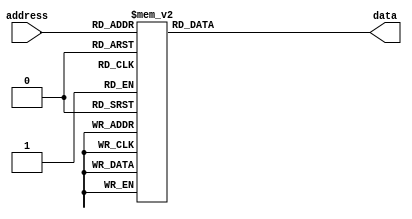
module sin_table(
	input [8:0]address,
	output reg[13:0]data
   );
always @(*)
begin
    case(address)
        9'd0: data <= 14'd8191;
        9'd1: data <= 14'd8292;
        9'd2: data <= 14'd8392;
        9'd3: data <= 14'd8492;
        9'd4: data <= 14'd8593;
        9'd5: data <= 14'd8693;
        9'd6: data <= 14'd8794;
        9'd7: data <= 14'd8894;
        9'd8: data <= 14'd8994;
        9'd9: data <= 14'd9094;
        9'd10: data <= 14'd9194;
        9'd11: data <= 14'd9293;
        9'd12: data <= 14'd9393;
        9'd13: data <= 14'd9492;
        9'd14: data <= 14'd9591;
        9'd15: data <= 14'd9690;
        9'd16: data <= 14'd9789;
        9'd17: data <= 14'd9887;
        9'd18: data <= 14'd9986;
        9'd19: data <= 14'd10084;
        9'd20: data <= 14'd10181;
        9'd21: data <= 14'd10279;
        9'd22: data <= 14'd10376;
        9'd23: data <= 14'd10472;
        9'd24: data <= 14'd10569;
        9'd25: data <= 14'd10665;
        9'd26: data <= 14'd10760;
        9'd27: data <= 14'd10856;
        9'd28: data <= 14'd10950;
        9'd29: data <= 14'd11045;
        9'd30: data <= 14'd11139;
        9'd31: data <= 14'd11232;
        9'd32: data <= 14'd11326;
        9'd33: data <= 14'd11418;
        9'd34: data <= 14'd11510;
        9'd35: data <= 14'd11602;
        9'd36: data <= 14'd11693;
        9'd37: data <= 14'd11784;
        9'd38: data <= 14'd11874;
        9'd39: data <= 14'd11963;
        9'd40: data <= 14'd12052;
        9'd41: data <= 14'd12141;
        9'd42: data <= 14'd12228;
        9'd43: data <= 14'd12315;
        9'd44: data <= 14'd12402;
        9'd45: data <= 14'd12488;
        9'd46: data <= 14'd12573;
        9'd47: data <= 14'd12658;
        9'd48: data <= 14'd12742;
        9'd49: data <= 14'd12825;
        9'd50: data <= 14'd12907;
        9'd51: data <= 14'd12989;
        9'd52: data <= 14'd13070;
        9'd53: data <= 14'd13151;
        9'd54: data <= 14'd13230;
        9'd55: data <= 14'd13309;
        9'd56: data <= 14'd13387;
        9'd57: data <= 14'd13465;
        9'd58: data <= 14'd13541;
        9'd59: data <= 14'd13617;
        9'd60: data <= 14'd13692;
        9'd61: data <= 14'd13766;
        9'd62: data <= 14'd13839;
        9'd63: data <= 14'd13911;
        9'd64: data <= 14'd13983;
        9'd65: data <= 14'd14054;
        9'd66: data <= 14'd14123;
        9'd67: data <= 14'd14192;
        9'd68: data <= 14'd14260;
        9'd69: data <= 14'd14327;
        9'd70: data <= 14'd14393;
        9'd71: data <= 14'd14458;
        9'd72: data <= 14'd14523;
        9'd73: data <= 14'd14586;
        9'd74: data <= 14'd14648;
        9'd75: data <= 14'd14710;
        9'd76: data <= 14'd14770;
        9'd77: data <= 14'd14829;
        9'd78: data <= 14'd14888;
        9'd79: data <= 14'd14945;
        9'd80: data <= 14'd15002;
        9'd81: data <= 14'd15057;
        9'd82: data <= 14'd15111;
        9'd83: data <= 14'd15164;
        9'd84: data <= 14'd15217;
        9'd85: data <= 14'd15268;
        9'd86: data <= 14'd15318;
        9'd87: data <= 14'd15367;
        9'd88: data <= 14'd15415;
        9'd89: data <= 14'd15462;
        9'd90: data <= 14'd15507;
        9'd91: data <= 14'd15552;
        9'd92: data <= 14'd15596;
        9'd93: data <= 14'd15638;
        9'd94: data <= 14'd15679;
        9'd95: data <= 14'd15719;
        9'd96: data <= 14'd15758;
        9'd97: data <= 14'd15796;
        9'd98: data <= 14'd15833;
        9'd99: data <= 14'd15869;
        9'd100: data <= 14'd15903;
        9'd101: data <= 14'd15936;
        9'd102: data <= 14'd15969;
        9'd103: data <= 14'd16000;
        9'd104: data <= 14'd16029;
        9'd105: data <= 14'd16058;
        9'd106: data <= 14'd16085;
        9'd107: data <= 14'd16112;
        9'd108: data <= 14'd16137;
        9'd109: data <= 14'd16160;
        9'd110: data <= 14'd16183;
        9'd111: data <= 14'd16204;
        9'd112: data <= 14'd16225;
        9'd113: data <= 14'd16244;
        9'd114: data <= 14'd16261;
        9'd115: data <= 14'd16278;
        9'd116: data <= 14'd16293;
        9'd117: data <= 14'd16307;
        9'd118: data <= 14'd16320;
        9'd119: data <= 14'd16332;
        9'd120: data <= 14'd16343;
        9'd121: data <= 14'd16352;
        9'd122: data <= 14'd16360;
        9'd123: data <= 14'd16367;
        9'd124: data <= 14'd16372;
        9'd125: data <= 14'd16376;
        9'd126: data <= 14'd16380;
        9'd127: data <= 14'd16381;
        9'd128: data <= 14'd16382;
        9'd129: data <= 14'd16381;
        9'd130: data <= 14'd16380;
        9'd131: data <= 14'd16376;
        9'd132: data <= 14'd16372;
        9'd133: data <= 14'd16367;
        9'd134: data <= 14'd16360;
        9'd135: data <= 14'd16352;
        9'd136: data <= 14'd16343;
        9'd137: data <= 14'd16332;
        9'd138: data <= 14'd16320;
        9'd139: data <= 14'd16307;
        9'd140: data <= 14'd16293;
        9'd141: data <= 14'd16278;
        9'd142: data <= 14'd16261;
        9'd143: data <= 14'd16244;
        9'd144: data <= 14'd16225;
        9'd145: data <= 14'd16204;
        9'd146: data <= 14'd16183;
        9'd147: data <= 14'd16160;
        9'd148: data <= 14'd16137;
        9'd149: data <= 14'd16112;
        9'd150: data <= 14'd16085;
        9'd151: data <= 14'd16058;
        9'd152: data <= 14'd16029;
        9'd153: data <= 14'd16000;
        9'd154: data <= 14'd15969;
        9'd155: data <= 14'd15936;
        9'd156: data <= 14'd15903;
        9'd157: data <= 14'd15869;
        9'd158: data <= 14'd15833;
        9'd159: data <= 14'd15796;
        9'd160: data <= 14'd15758;
        9'd161: data <= 14'd15719;
        9'd162: data <= 14'd15679;
        9'd163: data <= 14'd15638;
        9'd164: data <= 14'd15596;
        9'd165: data <= 14'd15552;
        9'd166: data <= 14'd15507;
        9'd167: data <= 14'd15462;
        9'd168: data <= 14'd15415;
        9'd169: data <= 14'd15367;
        9'd170: data <= 14'd15318;
        9'd171: data <= 14'd15268;
        9'd172: data <= 14'd15217;
        9'd173: data <= 14'd15164;
        9'd174: data <= 14'd15111;
        9'd175: data <= 14'd15057;
        9'd176: data <= 14'd15002;
        9'd177: data <= 14'd14945;
        9'd178: data <= 14'd14888;
        9'd179: data <= 14'd14829;
        9'd180: data <= 14'd14770;
        9'd181: data <= 14'd14710;
        9'd182: data <= 14'd14648;
        9'd183: data <= 14'd14586;
        9'd184: data <= 14'd14523;
        9'd185: data <= 14'd14458;
        9'd186: data <= 14'd14393;
        9'd187: data <= 14'd14327;
        9'd188: data <= 14'd14260;
        9'd189: data <= 14'd14192;
        9'd190: data <= 14'd14123;
        9'd191: data <= 14'd14054;
        9'd192: data <= 14'd13983;
        9'd193: data <= 14'd13911;
        9'd194: data <= 14'd13839;
        9'd195: data <= 14'd13766;
        9'd196: data <= 14'd13692;
        9'd197: data <= 14'd13617;
        9'd198: data <= 14'd13541;
        9'd199: data <= 14'd13465;
        9'd200: data <= 14'd13387;
        9'd201: data <= 14'd13309;
        9'd202: data <= 14'd13230;
        9'd203: data <= 14'd13151;
        9'd204: data <= 14'd13070;
        9'd205: data <= 14'd12989;
        9'd206: data <= 14'd12907;
        9'd207: data <= 14'd12825;
        9'd208: data <= 14'd12742;
        9'd209: data <= 14'd12658;
        9'd210: data <= 14'd12573;
        9'd211: data <= 14'd12488;
        9'd212: data <= 14'd12402;
        9'd213: data <= 14'd12315;
        9'd214: data <= 14'd12228;
        9'd215: data <= 14'd12141;
        9'd216: data <= 14'd12052;
        9'd217: data <= 14'd11963;
        9'd218: data <= 14'd11874;
        9'd219: data <= 14'd11784;
        9'd220: data <= 14'd11693;
        9'd221: data <= 14'd11602;
        9'd222: data <= 14'd11510;
        9'd223: data <= 14'd11418;
        9'd224: data <= 14'd11326;
        9'd225: data <= 14'd11232;
        9'd226: data <= 14'd11139;
        9'd227: data <= 14'd11045;
        9'd228: data <= 14'd10950;
        9'd229: data <= 14'd10856;
        9'd230: data <= 14'd10760;
        9'd231: data <= 14'd10665;
        9'd232: data <= 14'd10569;
        9'd233: data <= 14'd10472;
        9'd234: data <= 14'd10376;
        9'd235: data <= 14'd10279;
        9'd236: data <= 14'd10181;
        9'd237: data <= 14'd10084;
        9'd238: data <= 14'd9986;
        9'd239: data <= 14'd9887;
        9'd240: data <= 14'd9789;
        9'd241: data <= 14'd9690;
        9'd242: data <= 14'd9591;
        9'd243: data <= 14'd9492;
        9'd244: data <= 14'd9393;
        9'd245: data <= 14'd9293;
        9'd246: data <= 14'd9194;
        9'd247: data <= 14'd9094;
        9'd248: data <= 14'd8994;
        9'd249: data <= 14'd8894;
        9'd250: data <= 14'd8794;
        9'd251: data <= 14'd8693;
        9'd252: data <= 14'd8593;
        9'd253: data <= 14'd8492;
        9'd254: data <= 14'd8392;
        9'd255: data <= 14'd8292;
        9'd256: data <= 14'd8191;
        9'd257: data <= 14'd8090;
        9'd258: data <= 14'd7990;
        9'd259: data <= 14'd7890;
        9'd260: data <= 14'd7789;
        9'd261: data <= 14'd7689;
        9'd262: data <= 14'd7588;
        9'd263: data <= 14'd7488;
        9'd264: data <= 14'd7388;
        9'd265: data <= 14'd7288;
        9'd266: data <= 14'd7188;
        9'd267: data <= 14'd7089;
        9'd268: data <= 14'd6989;
        9'd269: data <= 14'd6890;
        9'd270: data <= 14'd6791;
        9'd271: data <= 14'd6692;
        9'd272: data <= 14'd6593;
        9'd273: data <= 14'd6495;
        9'd274: data <= 14'd6396;
        9'd275: data <= 14'd6298;
        9'd276: data <= 14'd6201;
        9'd277: data <= 14'd6103;
        9'd278: data <= 14'd6006;
        9'd279: data <= 14'd5910;
        9'd280: data <= 14'd5813;
        9'd281: data <= 14'd5717;
        9'd282: data <= 14'd5622;
        9'd283: data <= 14'd5526;
        9'd284: data <= 14'd5432;
        9'd285: data <= 14'd5337;
        9'd286: data <= 14'd5243;
        9'd287: data <= 14'd5150;
        9'd288: data <= 14'd5056;
        9'd289: data <= 14'd4964;
        9'd290: data <= 14'd4872;
        9'd291: data <= 14'd4780;
        9'd292: data <= 14'd4689;
        9'd293: data <= 14'd4598;
        9'd294: data <= 14'd4508;
        9'd295: data <= 14'd4419;
        9'd296: data <= 14'd4330;
        9'd297: data <= 14'd4241;
        9'd298: data <= 14'd4154;
        9'd299: data <= 14'd4067;
        9'd300: data <= 14'd3980;
        9'd301: data <= 14'd3894;
        9'd302: data <= 14'd3809;
        9'd303: data <= 14'd3724;
        9'd304: data <= 14'd3640;
        9'd305: data <= 14'd3557;
        9'd306: data <= 14'd3475;
        9'd307: data <= 14'd3393;
        9'd308: data <= 14'd3312;
        9'd309: data <= 14'd3231;
        9'd310: data <= 14'd3152;
        9'd311: data <= 14'd3073;
        9'd312: data <= 14'd2995;
        9'd313: data <= 14'd2917;
        9'd314: data <= 14'd2841;
        9'd315: data <= 14'd2765;
        9'd316: data <= 14'd2690;
        9'd317: data <= 14'd2616;
        9'd318: data <= 14'd2543;
        9'd319: data <= 14'd2471;
        9'd320: data <= 14'd2399;
        9'd321: data <= 14'd2328;
        9'd322: data <= 14'd2259;
        9'd323: data <= 14'd2190;
        9'd324: data <= 14'd2122;
        9'd325: data <= 14'd2055;
        9'd326: data <= 14'd1989;
        9'd327: data <= 14'd1924;
        9'd328: data <= 14'd1859;
        9'd329: data <= 14'd1796;
        9'd330: data <= 14'd1734;
        9'd331: data <= 14'd1672;
        9'd332: data <= 14'd1612;
        9'd333: data <= 14'd1553;
        9'd334: data <= 14'd1494;
        9'd335: data <= 14'd1437;
        9'd336: data <= 14'd1380;
        9'd337: data <= 14'd1325;
        9'd338: data <= 14'd1271;
        9'd339: data <= 14'd1218;
        9'd340: data <= 14'd1165;
        9'd341: data <= 14'd1114;
        9'd342: data <= 14'd1064;
        9'd343: data <= 14'd1015;
        9'd344: data <= 14'd967;
        9'd345: data <= 14'd920;
        9'd346: data <= 14'd875;
        9'd347: data <= 14'd830;
        9'd348: data <= 14'd786;
        9'd349: data <= 14'd744;
        9'd350: data <= 14'd703;
        9'd351: data <= 14'd663;
        9'd352: data <= 14'd624;
        9'd353: data <= 14'd586;
        9'd354: data <= 14'd549;
        9'd355: data <= 14'd513;
        9'd356: data <= 14'd479;
        9'd357: data <= 14'd446;
        9'd358: data <= 14'd413;
        9'd359: data <= 14'd382;
        9'd360: data <= 14'd353;
        9'd361: data <= 14'd324;
        9'd362: data <= 14'd297;
        9'd363: data <= 14'd270;
        9'd364: data <= 14'd245;
        9'd365: data <= 14'd222;
        9'd366: data <= 14'd199;
        9'd367: data <= 14'd178;
        9'd368: data <= 14'd157;
        9'd369: data <= 14'd138;
        9'd370: data <= 14'd121;
        9'd371: data <= 14'd104;
        9'd372: data <= 14'd89;
        9'd373: data <= 14'd75;
        9'd374: data <= 14'd62;
        9'd375: data <= 14'd50;
        9'd376: data <= 14'd39;
        9'd377: data <= 14'd30;
        9'd378: data <= 14'd22;
        9'd379: data <= 14'd15;
        9'd380: data <= 14'd10;
        9'd381: data <= 14'd6;
        9'd382: data <= 14'd2;
        9'd383: data <= 14'd1;
        9'd384: data <= 14'd0;
        9'd385: data <= 14'd1;
        9'd386: data <= 14'd2;
        9'd387: data <= 14'd6;
        9'd388: data <= 14'd10;
        9'd389: data <= 14'd15;
        9'd390: data <= 14'd22;
        9'd391: data <= 14'd30;
        9'd392: data <= 14'd39;
        9'd393: data <= 14'd50;
        9'd394: data <= 14'd62;
        9'd395: data <= 14'd75;
        9'd396: data <= 14'd89;
        9'd397: data <= 14'd104;
        9'd398: data <= 14'd121;
        9'd399: data <= 14'd138;
        9'd400: data <= 14'd157;
        9'd401: data <= 14'd178;
        9'd402: data <= 14'd199;
        9'd403: data <= 14'd222;
        9'd404: data <= 14'd245;
        9'd405: data <= 14'd270;
        9'd406: data <= 14'd297;
        9'd407: data <= 14'd324;
        9'd408: data <= 14'd353;
        9'd409: data <= 14'd382;
        9'd410: data <= 14'd413;
        9'd411: data <= 14'd446;
        9'd412: data <= 14'd479;
        9'd413: data <= 14'd513;
        9'd414: data <= 14'd549;
        9'd415: data <= 14'd586;
        9'd416: data <= 14'd624;
        9'd417: data <= 14'd663;
        9'd418: data <= 14'd703;
        9'd419: data <= 14'd744;
        9'd420: data <= 14'd786;
        9'd421: data <= 14'd830;
        9'd422: data <= 14'd875;
        9'd423: data <= 14'd920;
        9'd424: data <= 14'd967;
        9'd425: data <= 14'd1015;
        9'd426: data <= 14'd1064;
        9'd427: data <= 14'd1114;
        9'd428: data <= 14'd1165;
        9'd429: data <= 14'd1218;
        9'd430: data <= 14'd1271;
        9'd431: data <= 14'd1325;
        9'd432: data <= 14'd1380;
        9'd433: data <= 14'd1437;
        9'd434: data <= 14'd1494;
        9'd435: data <= 14'd1553;
        9'd436: data <= 14'd1612;
        9'd437: data <= 14'd1672;
        9'd438: data <= 14'd1734;
        9'd439: data <= 14'd1796;
        9'd440: data <= 14'd1859;
        9'd441: data <= 14'd1924;
        9'd442: data <= 14'd1989;
        9'd443: data <= 14'd2055;
        9'd444: data <= 14'd2122;
        9'd445: data <= 14'd2190;
        9'd446: data <= 14'd2259;
        9'd447: data <= 14'd2328;
        9'd448: data <= 14'd2399;
        9'd449: data <= 14'd2471;
        9'd450: data <= 14'd2543;
        9'd451: data <= 14'd2616;
        9'd452: data <= 14'd2690;
        9'd453: data <= 14'd2765;
        9'd454: data <= 14'd2841;
        9'd455: data <= 14'd2917;
        9'd456: data <= 14'd2995;
        9'd457: data <= 14'd3073;
        9'd458: data <= 14'd3152;
        9'd459: data <= 14'd3231;
        9'd460: data <= 14'd3312;
        9'd461: data <= 14'd3393;
        9'd462: data <= 14'd3475;
        9'd463: data <= 14'd3557;
        9'd464: data <= 14'd3640;
        9'd465: data <= 14'd3724;
        9'd466: data <= 14'd3809;
        9'd467: data <= 14'd3894;
        9'd468: data <= 14'd3980;
        9'd469: data <= 14'd4067;
        9'd470: data <= 14'd4154;
        9'd471: data <= 14'd4241;
        9'd472: data <= 14'd4330;
        9'd473: data <= 14'd4419;
        9'd474: data <= 14'd4508;
        9'd475: data <= 14'd4598;
        9'd476: data <= 14'd4689;
        9'd477: data <= 14'd4780;
        9'd478: data <= 14'd4872;
        9'd479: data <= 14'd4964;
        9'd480: data <= 14'd5056;
        9'd481: data <= 14'd5150;
        9'd482: data <= 14'd5243;
        9'd483: data <= 14'd5337;
        9'd484: data <= 14'd5432;
        9'd485: data <= 14'd5526;
        9'd486: data <= 14'd5622;
        9'd487: data <= 14'd5717;
        9'd488: data <= 14'd5813;
        9'd489: data <= 14'd5910;
        9'd490: data <= 14'd6006;
        9'd491: data <= 14'd6103;
        9'd492: data <= 14'd6201;
        9'd493: data <= 14'd6298;
        9'd494: data <= 14'd6396;
        9'd495: data <= 14'd6495;
        9'd496: data <= 14'd6593;
        9'd497: data <= 14'd6692;
        9'd498: data <= 14'd6791;
        9'd499: data <= 14'd6890;
        9'd500: data <= 14'd6989;
        9'd501: data <= 14'd7089;
        9'd502: data <= 14'd7188;
        9'd503: data <= 14'd7288;
        9'd504: data <= 14'd7388;
        9'd505: data <= 14'd7488;
        9'd506: data <= 14'd7588;
        9'd507: data <= 14'd7689;
        9'd508: data <= 14'd7789;
        9'd509: data <= 14'd7890;
        9'd510: data <= 14'd7990;
        9'd511: data <= 14'd8090;
    endcase
end
endmodule